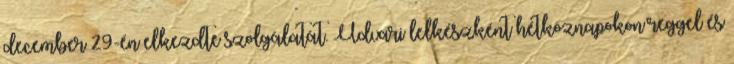
december 29-én elkezdte szolgálatát. Udvari lelkészként hétköznapokon reggel és